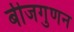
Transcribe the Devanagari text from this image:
बीजगुणन